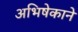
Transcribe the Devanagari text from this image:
अभिषेकाने